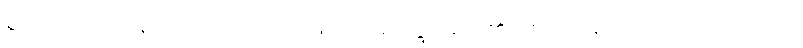
စွတ်သော အနက်သဘောအားဖြင့်။ သမုဒ္ဒေါ၊ မည်၏။ တဿ ရူပမယော ဝေဂေါတိ၊